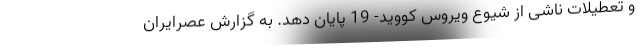
و تعطیلات ناشی از شیوع ویروس کووید- 19 پایان دهد. به گزارش عصرایران